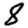
Digit: 8